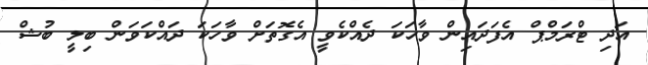
އަދި ޓްރަމްޕް އެފަދައިން ވާހަކަ ދެއްކެވީ އެގޮތަށް ވާހަކަ ދައްކަވަން ބިލީ ބުޝް